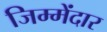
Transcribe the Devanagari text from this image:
जिम्मेंदार